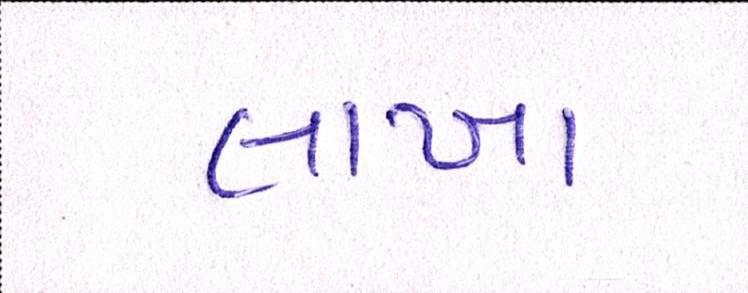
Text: લાખા